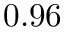
0 . 9 6